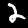
Label: 2